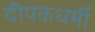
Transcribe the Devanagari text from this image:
दीपकधर्मी